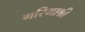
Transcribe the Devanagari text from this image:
गरिमाश्री